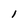
Character: 1